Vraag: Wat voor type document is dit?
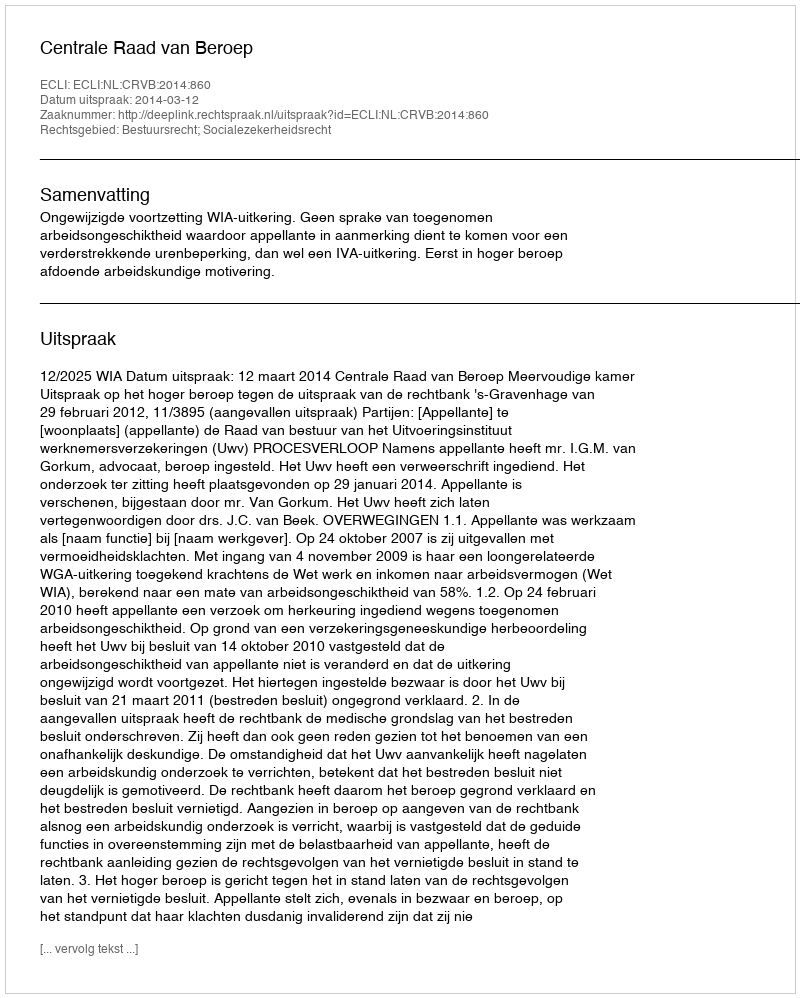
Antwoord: Uitspraak